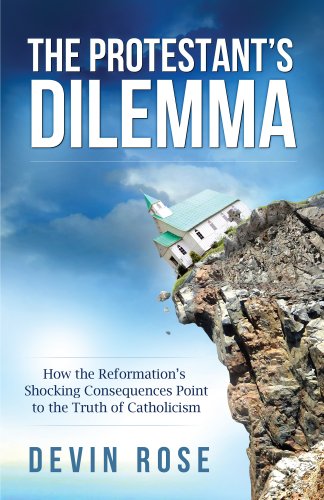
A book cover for The Protestant's Dilemma: How the Reformation's Shocking Consequences Point to the Truth of Catholicism; Devin Rose; Christian Books & Bibles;